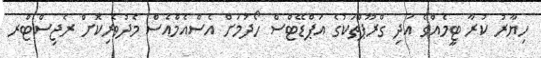
ހިޔާރު ކުރާ ޓީމެއްގެ އަދި ގްރޫޕްތަކުގެ އަޕްޑޭޓްސް ހޯދުމަށް އެސްއެމްއެސް މެދުވެރިކޮށް ރެޖިސްޓްރ